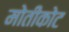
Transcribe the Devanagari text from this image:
मोतीकोट